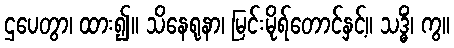
ဌပေတွာ၊ ထား၍။ သိနေရုနာ၊ မြင်းမိုရ်တောင်နှင့်။ သဒ္ဓိံ၊ ကွ။